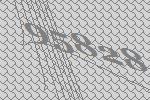
95828